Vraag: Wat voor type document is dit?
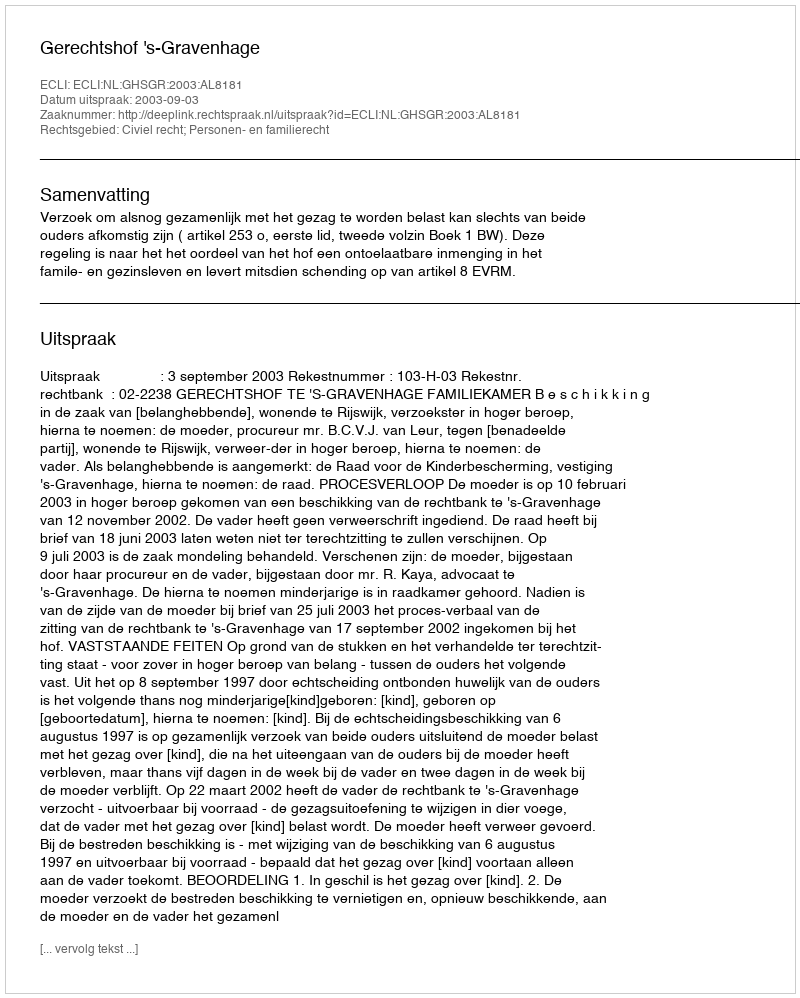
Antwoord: Uitspraak